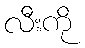
လီးကို